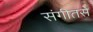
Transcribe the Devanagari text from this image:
संगीतसे